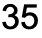
35